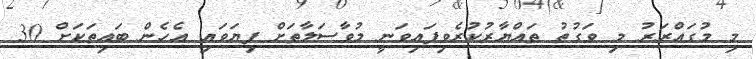
މި މުގައްރަރު މި ވަގުތު ތައްޔާރުކުރެވިފައިވަނީ މުވާސަލާތަށް ފިޔަވައި އެހެން ބައިތަކަށް 30